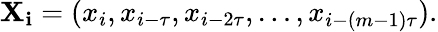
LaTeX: \mathbf{X_{i}}=(x_{i},x_{i-\tau},x_{i-2\tau},\ldots,x_{i-(m-1)\tau}).